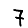
Digit: 7